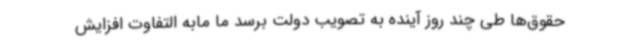
حقوق‌ها طی چند روز آینده به تصویب دولت برسد ما مابه التفاوت افزایش